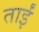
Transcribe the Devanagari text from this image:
ताईं